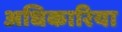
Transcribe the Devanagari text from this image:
अधिकारिया